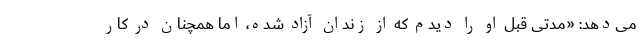
می‌دهد: «مدتی قبل او را دیدم که از زندان آزاد شده، اما همچنان در کار